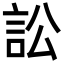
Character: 訟